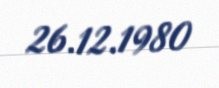
26.12.1980